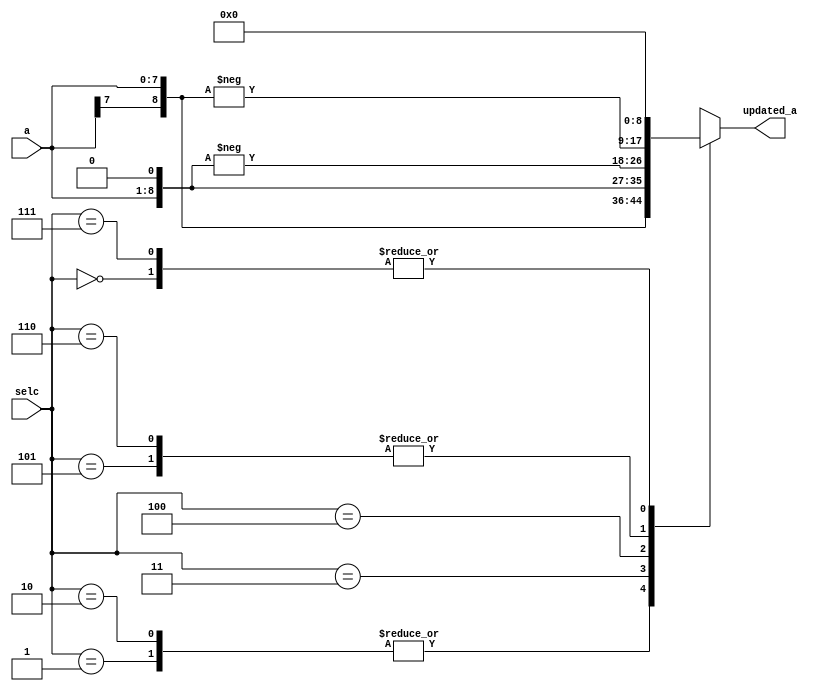
module boothdcdr (output reg signed[8:0] updated_a, input wire[7:0] a, input wire [2:0]selc);
  localparam zero = 1'b0;

  always@(selc,a)
  begin
    case (selc)
      0: updated_a = 0;
      1: updated_a = {a[7],a};
      2: updated_a = {a[7],a};
      3: updated_a = ({a,zero});
      4: updated_a = (-{a,zero});
      5: updated_a = (-{a[7],a});
      6: updated_a = (-{a[7],a});
      7: updated_a = 0; 
      default: $display ("unknown inputformat");
    endcase
  end
  endmodule